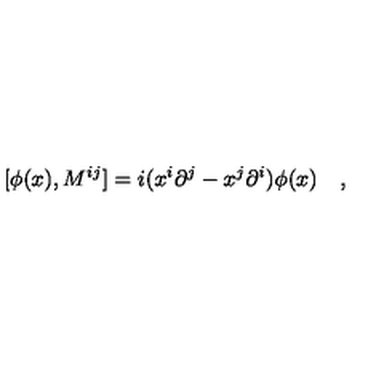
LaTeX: [ \phi ( x ) , M ^ { i j } ] = i ( x ^ { i } { \partial } ^ { j } - x ^ { j } { \partial } ^ { i } ) \phi ( x ) \quad ,